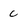
Character: C